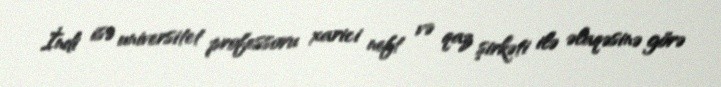
İndi isə universitet professoru xarici neft və qaz şirkəti ilə əlaqəsinə görə